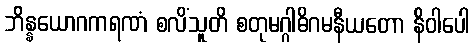
ဘိန္နယောဂကရဏံ စလိံသူတိ စတုမဂ္ဂါဓိဂမနီယတော နိဝါပေါ